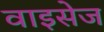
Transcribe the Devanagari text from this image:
वाइसेज